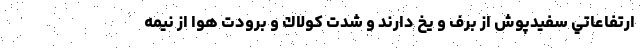
ارتفاعاتي سفيدپوش از برف و يخ دارند و شدت كولاك و برودت هوا از نيمه